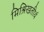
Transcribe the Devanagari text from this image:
मिश्रिखतीर्थ